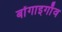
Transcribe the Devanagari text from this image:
बोंगाइगाँव